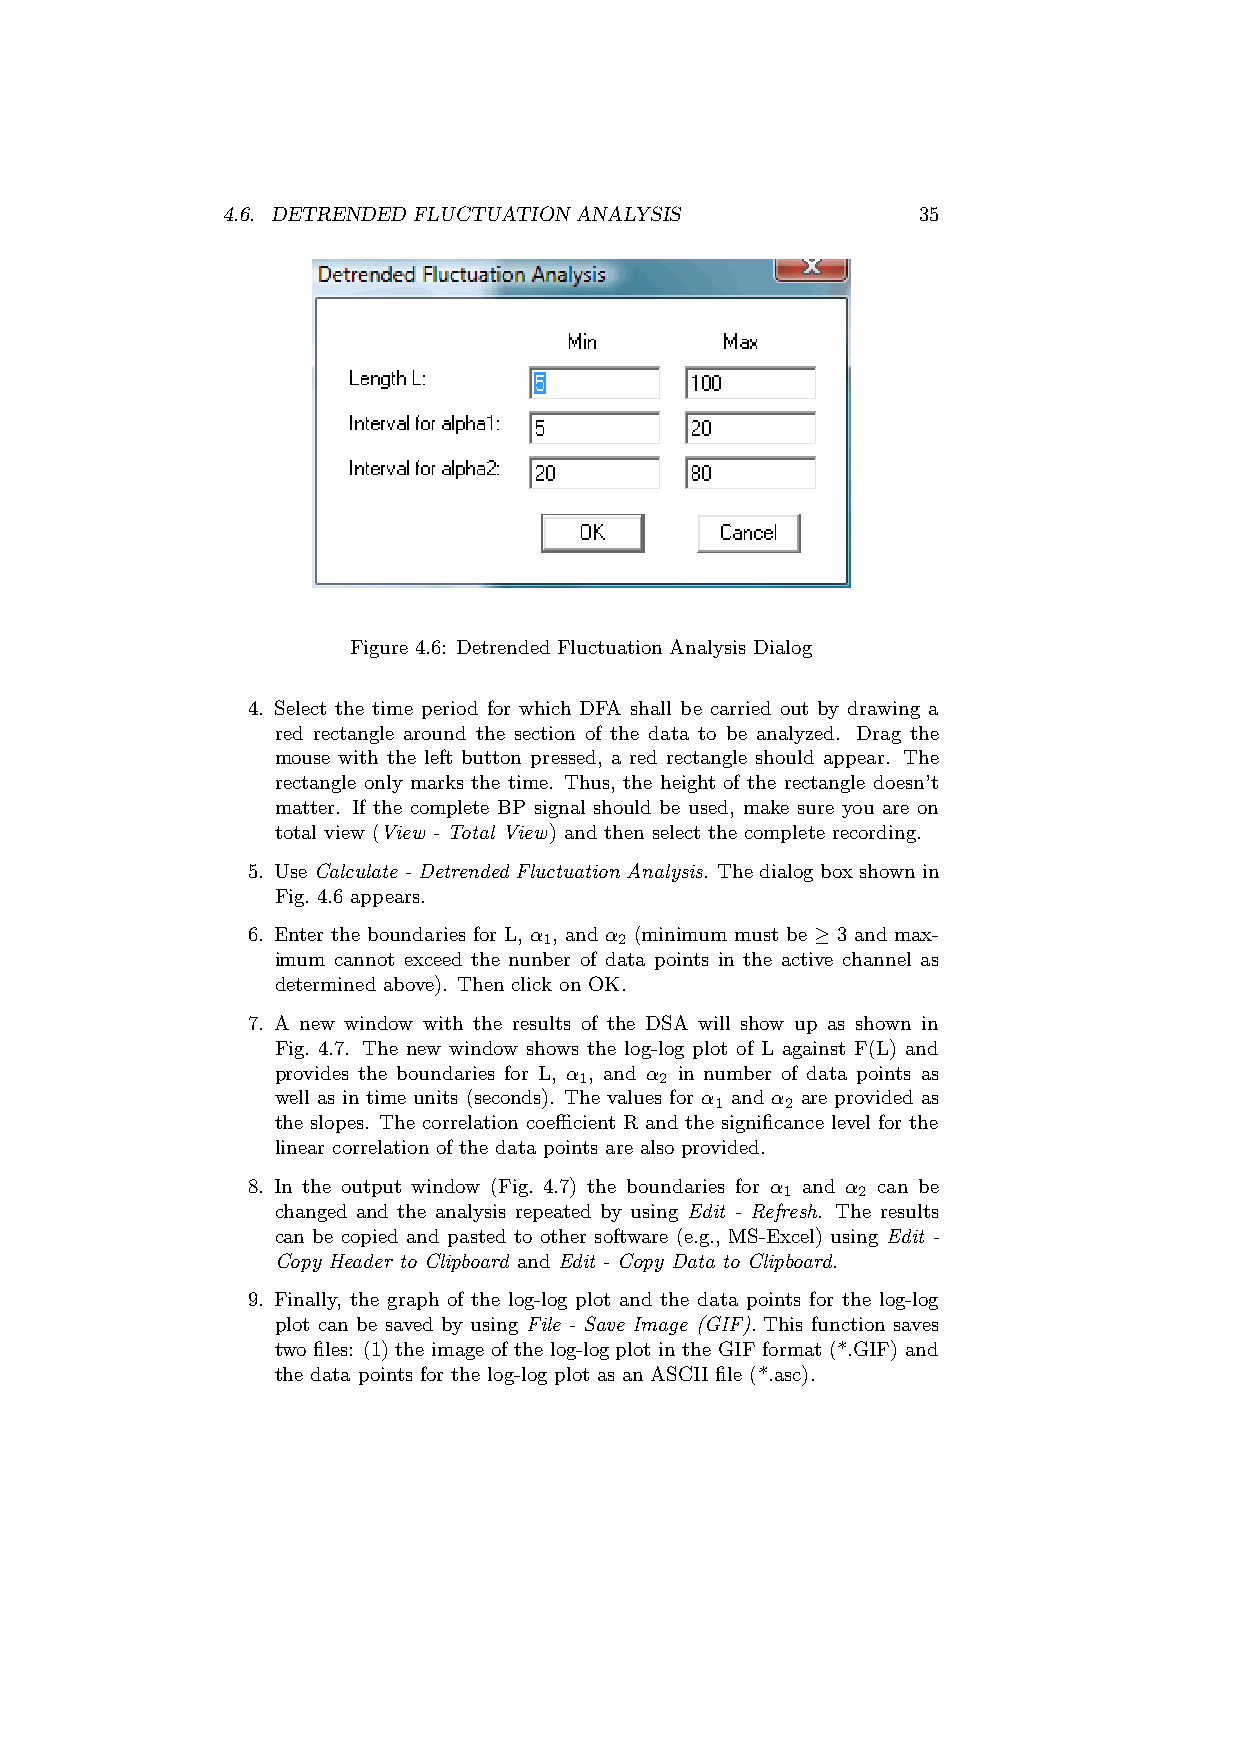
4.6. DETRENDED FLUCTUATION ANALYSIS           35
 Figure 4.6: Detrended Fluctuation Analysis Dialog
 4. Select the time period for which DFA shall be carried out by drawing a
 red rectangle around the section of the data to be analyzed. Drag the
 mouse with the left button pressed, a red rectangle should appear. The
 rectangle only marks the time. Thus, the height of the rectangle doesn’t
 matter. If the complete BP signal should be used, make sure you are on
 total view (View - Total View) and then select the complete recording.
 5. Use Calculate - Detrended Fluctuation Analysis. The dialog boxshownin
 Fig. 4.6 appears.
 6. Enter the boundaries for L, α , and α (minimum must be ≥ 3 and max-
 1    2
 imum cannot exceed the nunber of data points in the active channel as
 determined above). Then click on OK.
 7. A new window with the results of the DSA will show up as shown in
 Fig. 4.7. The new window shows the log-log plot of L against F(L) and
 provides the boundaries for L, α , and α in number of data points as
 1     2
 well as in time units (seconds). The values for α and α are provided as
 1    2
 the slopes. The correlation coefficient R and the significance level for the
 linear correlation of the data points are also provided.
 8. In the output window (Fig. 4.7) the boundaries for α and α can be
 1    2
 changed and the analysis repeated by using Edit - Refresh. The results
 can be copied and pasted to other software (e.g., MS-Excel) using Edit -
 Copy Header to Clipboard and Edit - Copy Data to Clipboard.
 9. Finally, the graph of the log-log plot and the data points for the log-log
 plot can be saved by using File - Save Image (GIF). This function saves
 two files: (1) the image of the log-log plot in the GIF format (*.GIF) and
 the data points for the log-log plot as an ASCII file (*.asc).